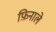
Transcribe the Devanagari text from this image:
फ़िनाले